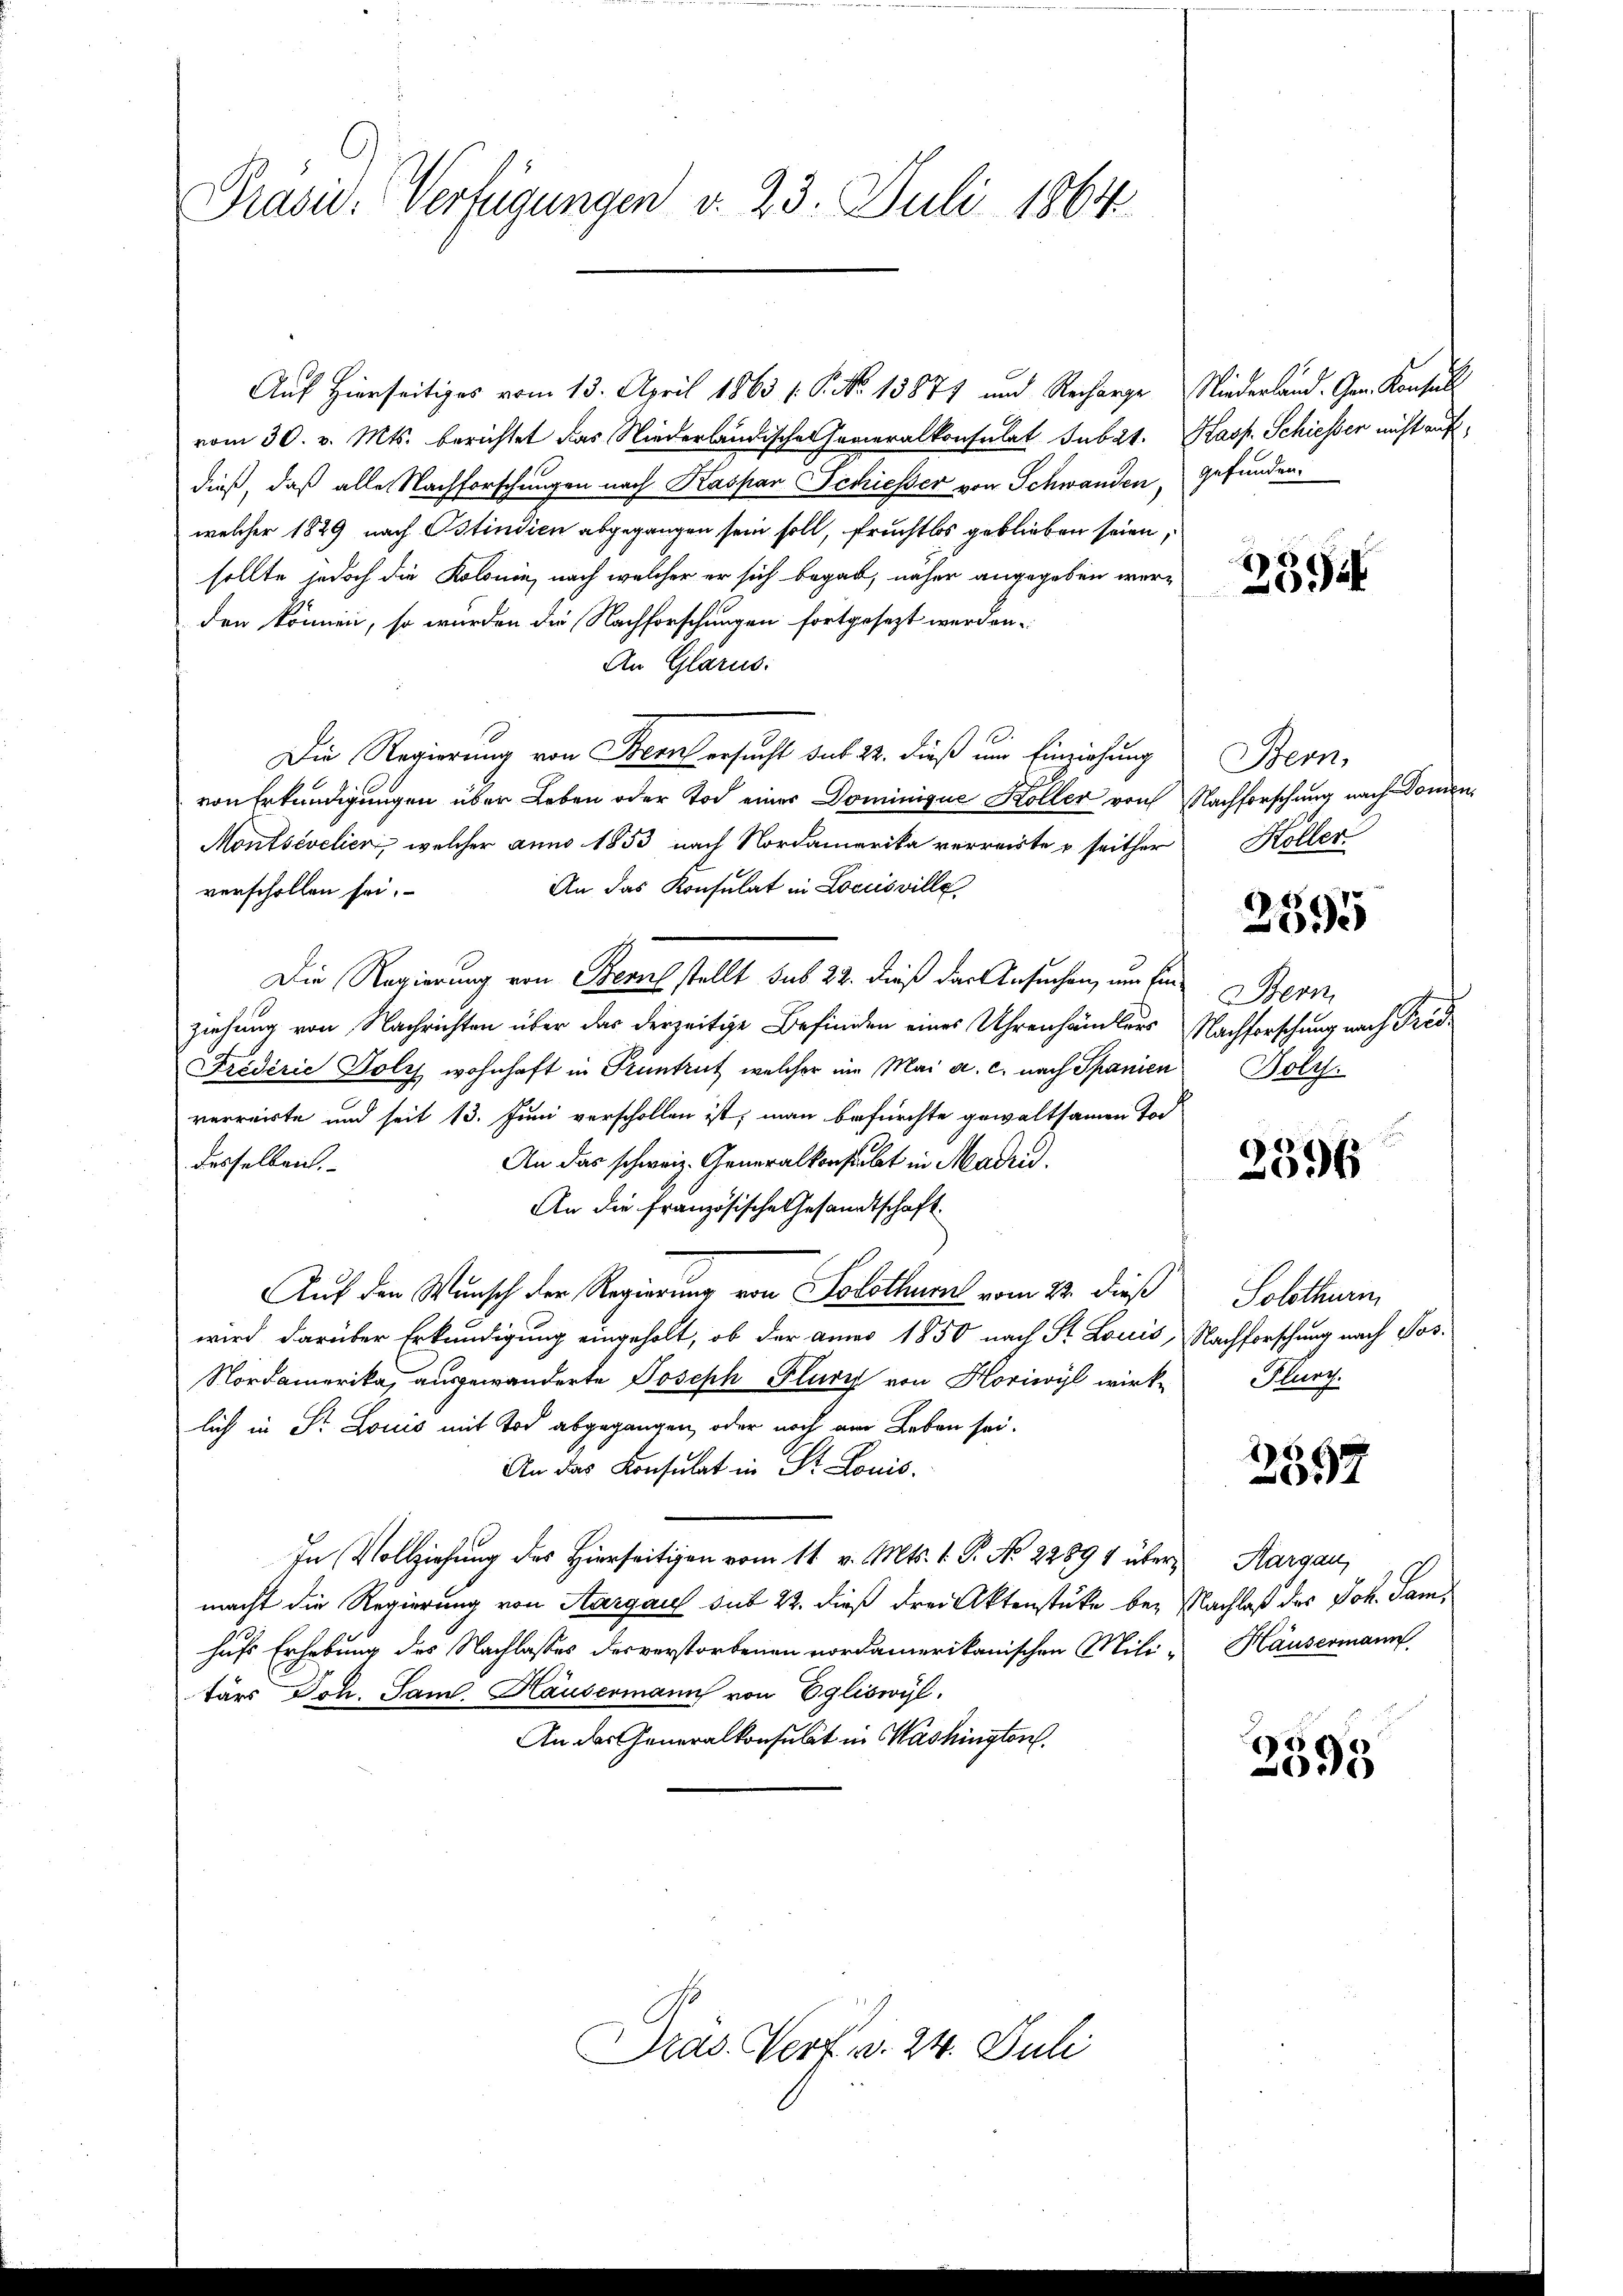
Präsid.: Verfügungen v. 23. Juli 1864

Auf Hierseitiges vom 13. April 1863 (: P. No 13871 und Recharge Niederland. Gem. Konsul
vom 30. v. Mts. berichtet das Niederländischen Generalkonsulat sub 2t. Kasp. Schiesser nicht auf
dieß, daß alle Nachforschungen nach Kaspar Schiesser von Schwanden, gefunden.
welcher 1829 nach Ostindien abgegangen sein soll, fruchtlos geblieben seien,
sollte jedoch die Kolonin, nach welcher er sich begab, näher angegeben wer-
den können, so wurden die Nachforschungen fortgesezt werden.
An Glarus:
Die Regierung von Bern ersucht sub 22. dieß um Einziehung
von Erkundigungen über Leben oder Tod einer Dominique Koller von Nachforschung nach Domen¬
Montsévelien, welcher anno 1853 nach Nordamerika verreiste u seither
An das Konsulat in Locusville
verschollen sei.
Die Regierung von Bernel stellt sub 22. dieß das Ansuchen, um den Bern
ziehung von Nachrichten über das derzeitige Befinden eines Uhrenhändlers Nachforschung nach Tres¬
Friderie Holz wohnhaft in Pruntrut, welcher im Mai a. c. nach Spanien
verreiste und seit 13. Juni verschollen ist, man befürchte gewaltsamen Tod
An das schweiz. Generalkonstalt in Madrid.
desselben.
An die französische Gesandtschaft
Auf den Wunsch der Regierung von Solothurn vom 22. dieß
wird darüber Erkundigung eingeholt, ob der amer 1850 nach St. Louis, Nachforschung nach Tos¬
Nordamerika, ausgewanderte Joseph Flury von Horiwyl wirk-
lich in St. Louis mit Tod abgegangen, oder noch am Leben sei.
An das Konsulat in St. Louis
In Vollziehung des Hierseitigen vom 11. v. Mts. 1. P. No 22891 über Aargau,
macht die Regierung von Aargau sub 22. dieß drei Aktenstücke bey Nachlaß des Joh. Samhufs Erhebung des Nachlasses des verstorbenen vordamerikanischen Mili- Häusermann
tärs Joh. Saml. Häusermann von Egliswyl,
An das Generalkonsulat in Washington

Pras. Verf. v. 24. Juli

234

Stern,
Höller.

2595

Nolch

6
1
096

Solothurn
Hunz

8
632

2395